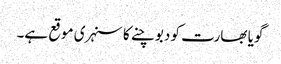
گویا بھارت کو دبوچنے کا سنہری موقع ہے۔